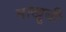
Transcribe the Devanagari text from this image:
बाखूबी